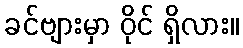
ခင်ဗျားမှာ ဝိုင် ရှိလား။